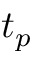
t _ { p }